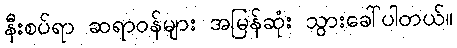
နီးစပ်ရာ ဆရာဝန်များ အမြန်ဆုံး သွားခေါ်ပါတယ်။